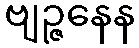
ဗျဉ္ဇနေန